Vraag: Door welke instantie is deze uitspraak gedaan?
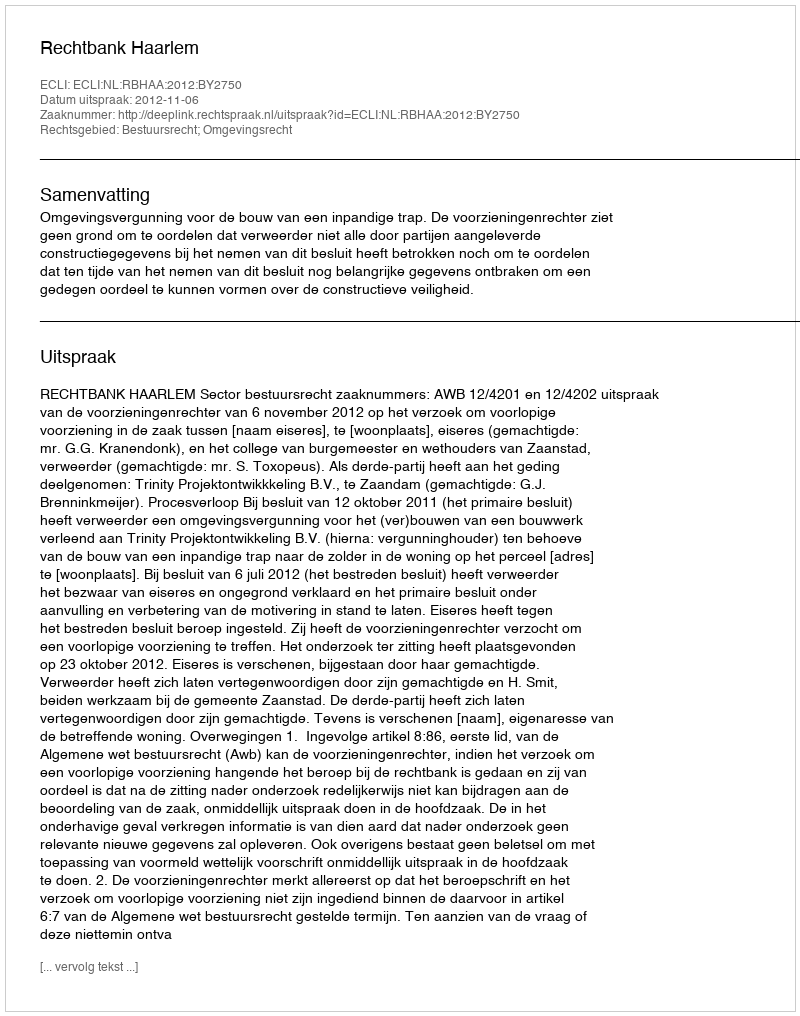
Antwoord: Rechtbank Haarlem